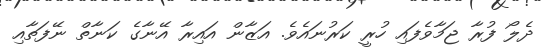
ދެލޯ ފުރާ ޖަމާވެފައި ހުރީ ކަރުނައެވެ. އަޒާން އައިރާ އޭނާގެ ކަނާތް ނޭފަތާއި